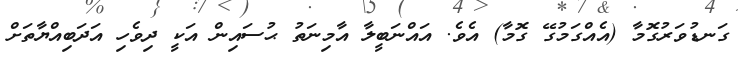
ގަނޑުވަރުގޮމާ (އެއްގަމުގޭ ގޮމާ) އެވެ. އައްނަބީލާ އާމިނަތު ޙުސައިން އަކީ ދިވެހި އަދަބިއްޔާތަށް